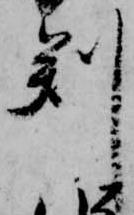
判